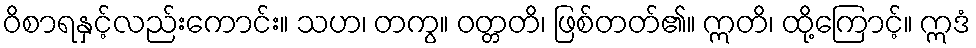
ဝိစာရနှင့်လည်းကောင်း။ သဟ၊ တကွ။ ဝတ္တတိ၊ ဖြစ်တတ်၏။ ဣတိ၊ ထို့ကြောင့်။ ဣဒံ